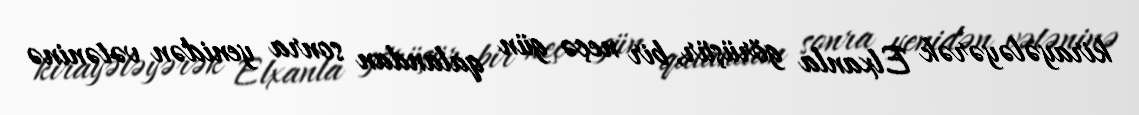
kirayələyərək Elxanla görüşür, bir neçə gün qalandan sonra yenidən vətəninə